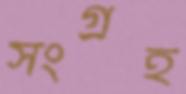
সংগ্রহ